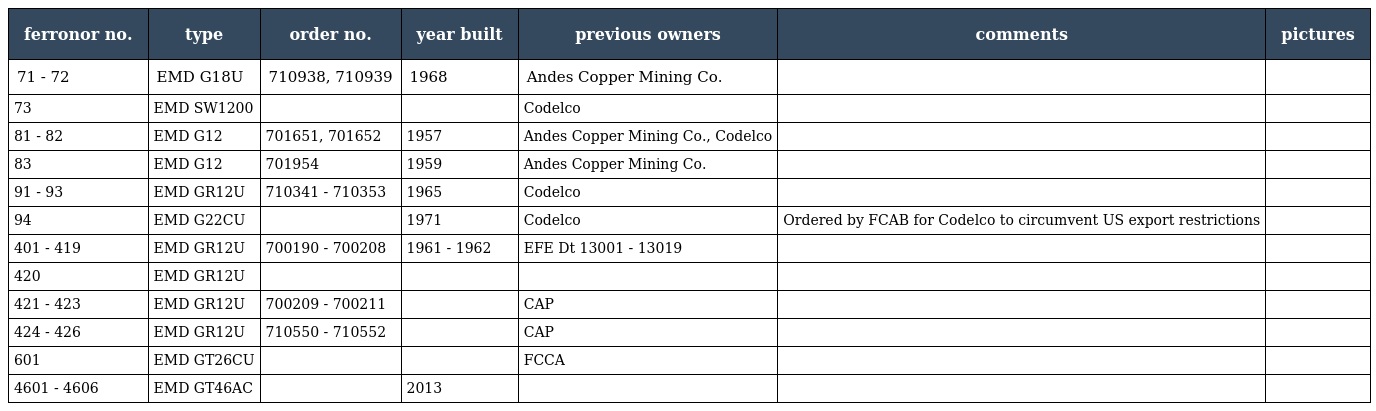
| ferronor no. | type | order no. | year built | previous owners | comments | pictures |
 | --- | --- | --- | --- | --- | --- | --- |
 | 71 - 72 | EMD G18U | 710938, 710939 | 1968 | Andes Copper Mining Co. |  |  |
 | 73 | EMD SW1200 |  |  | Codelco |  |  |
 | 81 - 82 | EMD G12 | 701651, 701652 | 1957 | Andes Copper Mining Co., Codelco |  |  |
 | 83 | EMD G12 | 701954 | 1959 | Andes Copper Mining Co. |  |  |
 | 91 - 93 | EMD GR12U | 710341 - 710353 | 1965 | Codelco |  |  |
 | 94 | EMD G22CU |  | 1971 | Codelco | Ordered by FCAB for Codelco to circumvent US export restrictions |  |
 | 401 - 419 | EMD GR12U | 700190 - 700208 | 1961 - 1962 | EFE Dt 13001 - 13019 |  |  |
 | 420 | EMD GR12U |  |  |  |  |  |
 | 421 - 423 | EMD GR12U | 700209 - 700211 |  | CAP |  |  |
 | 424 - 426 | EMD GR12U | 710550 - 710552 |  | CAP |  |  |
 | 601 | EMD GT26CU |  |  | FCCA |  |  |
 | 4601 - 4606 | EMD GT46AC |  | 2013 |  |  |  |